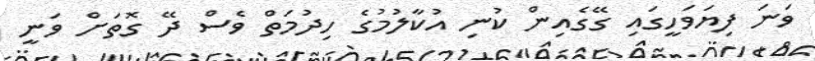
ވަނަ ފިޔަވަހީގައި ގޭގެއިން ކުނި އުކާލުމުގެ ހިދުމަތް ވެސް ދޭ ގޮތަށް ވަނީ